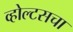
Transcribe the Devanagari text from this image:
व्होल्टसचा